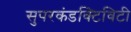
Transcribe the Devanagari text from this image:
सुपरकंडक्टिविटी